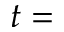
t =